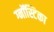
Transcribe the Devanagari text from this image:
ग्नॉस्टिका